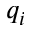
q _ { i }